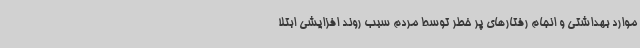
موارد بهداشتی و انجام رفتارهای پر خطر توسط مردم سبب روند افزایشی ابتلا